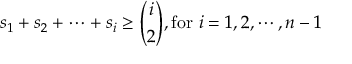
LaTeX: s _ { 1 } + s _ { 2 } + \cdots + s _ { i } \geq { \binom { i } { 2 } } , { \mathrm { f o r ~ } } i = 1 , 2 , \cdots , n - 1